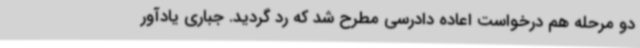
دو مرحله هم درخواست اعاده دادرسی مطرح شد که رد گردید. جباری یادآور